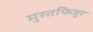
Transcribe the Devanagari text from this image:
मुस्तफिजूर